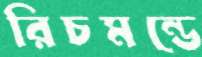
রিচমন্ডে